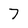
Character: 7